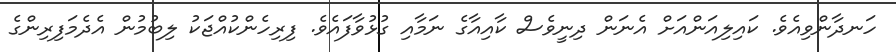
ހަނދާންވިއެވެ. ކައިލިއަންއަށް އެނަން ދިނީވެސް ކާއިއާގެ ނަމާއި ގުޅުވާފައެވެ. ފިރިހެންކުއްޖަކު ލިބުމުން އެދެމަފިރިންގެ